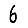
Digit: 6